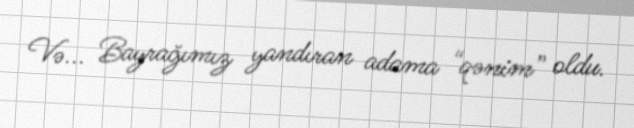
Və... Bayrağımız yandıran adama “qənim” oldu.